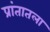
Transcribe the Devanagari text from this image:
प्रांतातला